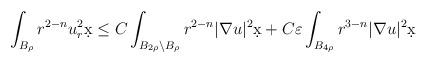
LaTeX: \begin{align*}\int_{B_{\rho}} r^{2-n} u_r^2 \d x &\leq C \int_{B_{2\rho} \setminus B_{\rho}} r^{2-n} |\nabla u|^2 \d x + C \varepsilon \int_{B_{4\rho}} r^{3-n} |\nabla u|^2 \d x\end{align*}